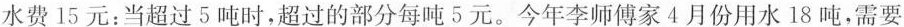
水费15元；当超过5吨时，超过的部分每吨5元。今年李师傅家4月份用水18吨，需要